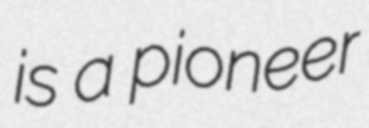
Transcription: is a pioneer